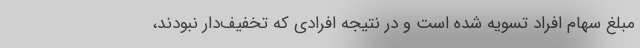
مبلغ سهام افراد تسویه شده است و در نتیجه افرادی که تخفیف‌دار نبودند،